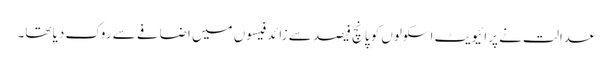
عدالت نے پرائیویٹ اسکولوں کو پانچ فیصد سے زائد فیسوں میں اضافے سے روک دیا تھا۔